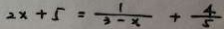
2 x + 5 = \frac { 1 } { 3 - x } + \frac { 4 } { 5 }